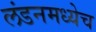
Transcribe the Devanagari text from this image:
लंडनमध्येच